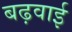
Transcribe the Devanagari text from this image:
बढ़वाई